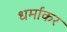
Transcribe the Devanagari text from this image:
धर्माकर